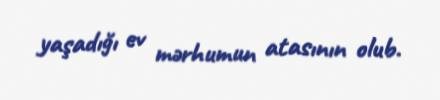
yaşadığı ev mərhumun atasının olub.